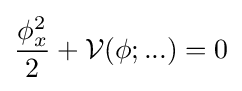
{\frac {\phi _{x}^{2}}{2}}+{\mathcal {V(\phi ;...)}}=0